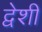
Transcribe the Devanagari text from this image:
द्वेशी